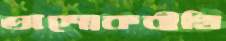
অশোকবীথি